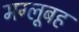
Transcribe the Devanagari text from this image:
मग्लूबह